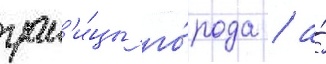
гран'и́цы го́рода / а́